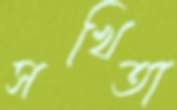
সখিতা